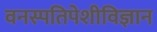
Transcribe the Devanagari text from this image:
वनस्पतिपेशीविज्ञान